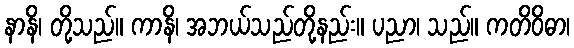
နာနိ၊ တို့သည်။ ကာနိ၊ အဘယ်သည်တို့နည်း။ ပညာ၊ သည်။ ကတိဝိဓာ၊